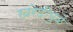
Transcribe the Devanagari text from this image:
खरेदीमुळे